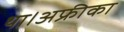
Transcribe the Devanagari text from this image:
था।अफ्रीका